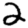
Digit: 2